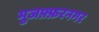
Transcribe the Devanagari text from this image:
मुजफ़्फ़रनगर